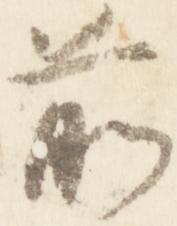
前